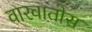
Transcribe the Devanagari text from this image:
वारवातोस